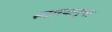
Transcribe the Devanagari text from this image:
स्मारकनुमा